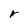
Character: r